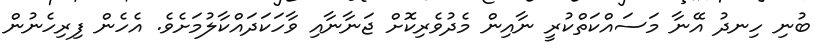
ބުނި ހިނދު އޭނާ މަސައްކަތްކުރީ ނާއިން މެދުވެރިކޮށް ޖަނާނާއި ވާހަކަދައްކާލުމަށެވެ. އެހެން ފިރިހެނުން